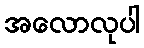
အလောလုပါ